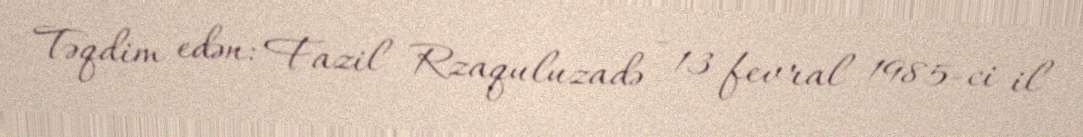
Təqdim edən: Fazil Rzaquluzadə - 13 fevral 1985-ci il